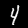
Digit: 4